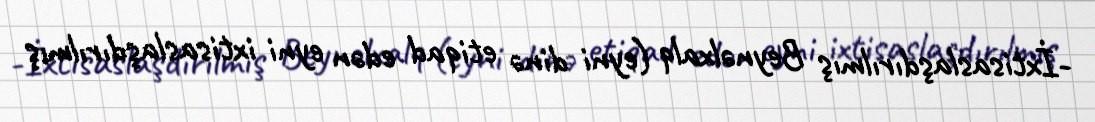
-İxtisaslaşdırılmış Beynəlxalq (eyni dinə etiqad edən eyni ixtisaslaşdırılmış